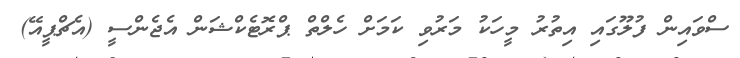
ސްވައިން ފުލޫގައި އިތުރު މީހަކު މަރުވި ކަމަށް ހެލްތް ޕްރޮޓެކްޝަން އެޖެންސީ (އެޗްޕީއޭ)